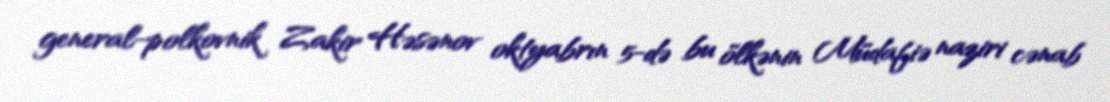
general-polkovnik Zakir Həsənov oktyabrın 5-də bu ölkənin Müdafiə naziri cənab